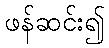
ဖန်ဆင်း၍